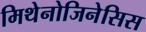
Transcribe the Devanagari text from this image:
मिथेनोजिनेसिस